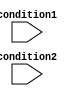
module conditional_logic (
    input wire condition1,
    input wire condition2
);

    reg result;

    always @ (*) begin
        if (condition1 && condition2) begin
            result <= 1'b1; //evaluating if both conditions are true
        end
        else begin
            result <= 1'b0; //executing if either of the conditions is false
        end
    end

endmodule